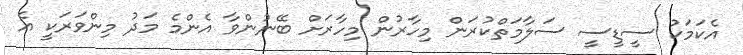
އެކަމަކު ސީޑީސީ ސަލާމަތްކުރަން މިހާރުން މިހާރަށް ބޭނުންވާ އެންމެ މަދު މިންވަރަކީ އެ